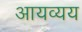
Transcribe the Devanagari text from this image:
आयव्यय